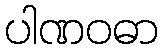
ပါဏဝဓာ